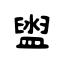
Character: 盥